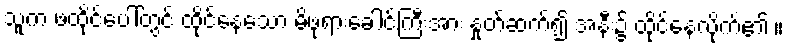
သူက ဖထိုင်ပေါ်တွင် ထိုင်နေသော မိဖုရားခေါင်ကြီးအား နှုတ်ဆက်၍ အနီး၌ ထိုင်နေလိုက်၏ ။